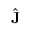
\hat { \mathbf { J } }